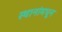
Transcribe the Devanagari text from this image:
स्थानांमधून